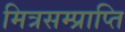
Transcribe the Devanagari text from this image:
मित्रसम्प्राप्ति